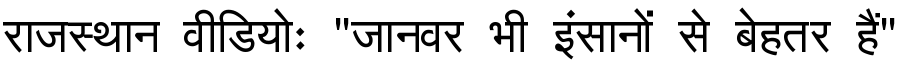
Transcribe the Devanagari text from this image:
राजस्थान वीडियोः "जानवर भी इंसानों से बेहतर हैं"